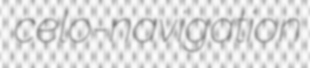
celo-navigation